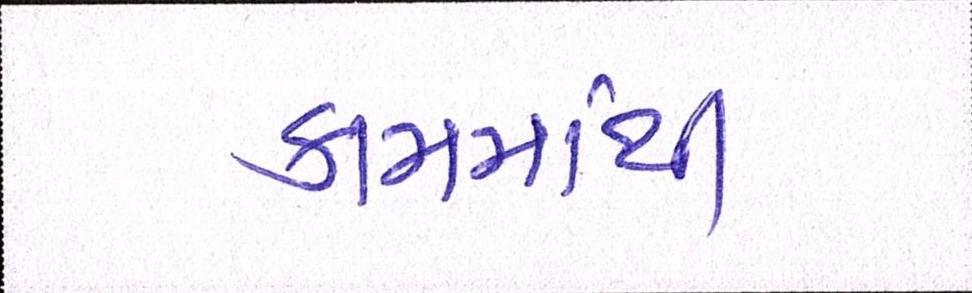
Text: કામમાંથી